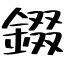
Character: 錣